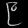
Digit: ၉